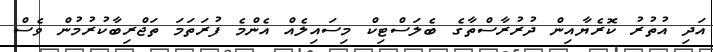
އަދި އުތުރު ކޮރެޔާއިން ދުރުރާސްތާގެ ބެލަސްޓިކް މިސައިލެއް އެންމެ ފުރަތަމަ ތަޖްރިބާކުރުމުން ވެސް